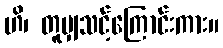
ဟိ၊ တူမျှသင့်ကြောင်းကား။